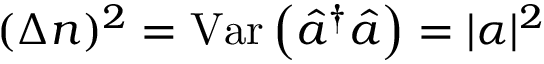
~ ( \Delta n ) ^ { 2 } = \mathrm { { V a r } } \left( { \hat { a } } ^ { \dagger } { \hat { a } } \right) = | \alpha | ^ { 2 }